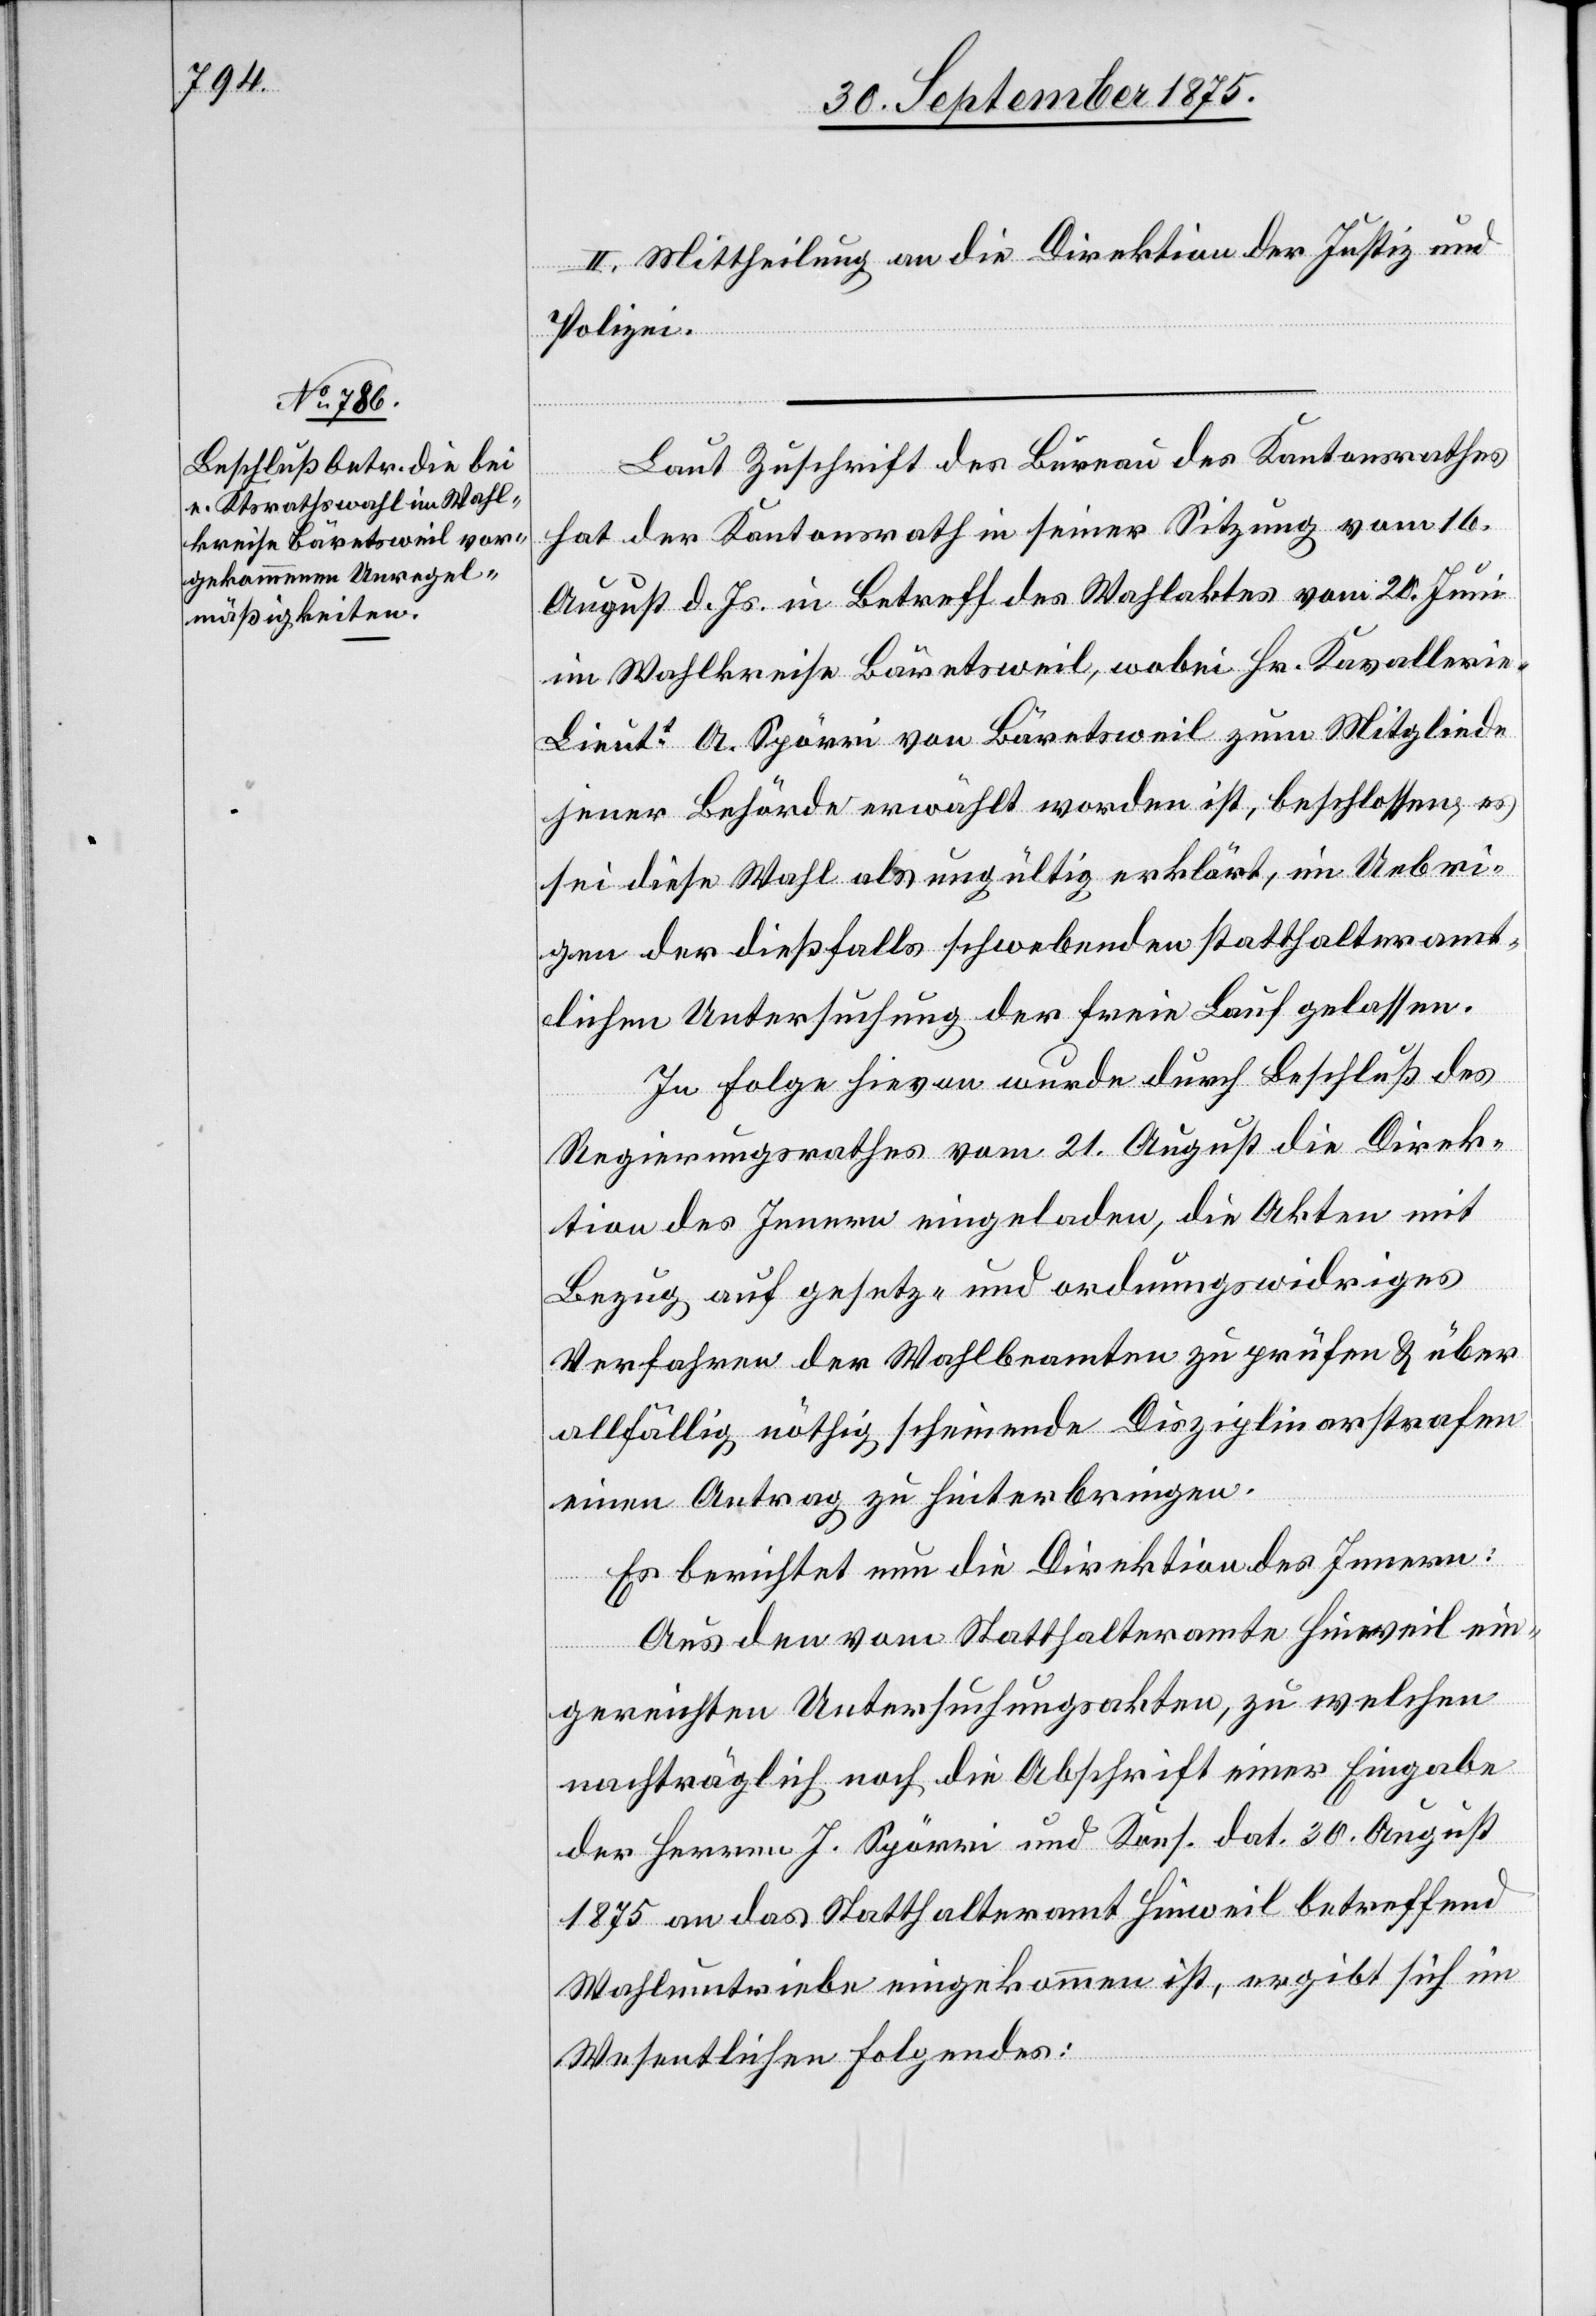
II. Mittheilung an die Direktion der Justiz und
Polizei.